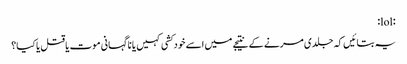
:lol:
یہ بتائیں کہ جلدی مرنے کے نتیجے میں اسے خود کشی کہیں یا نا گہانی موت یا قتل یا کیا؟